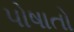
પોષાતો